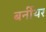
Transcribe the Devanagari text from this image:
बर्नीयर